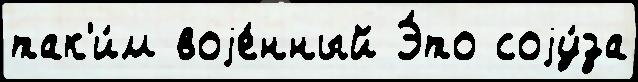
так'и́м воjе́нный Э́то соjу́за